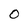
Character: O